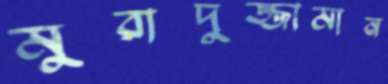
মুরাদুজ্জামান